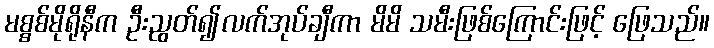
မစ္စစ်မိုရိုနီက ဦးညွတ်၍လက်အုပ်ချီကာ မိမိ သမီးဖြစ်ကြောင်းဖြင့် ဖြေသည်။